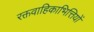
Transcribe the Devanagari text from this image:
रक्तवाहिकाभित्तियों